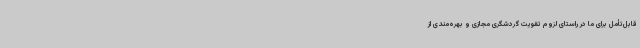
قابل‌تأمل برای ما در راستای لزوم تقویت گردشگری مجازی و بهره‌مندی از